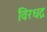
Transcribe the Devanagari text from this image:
विरधद्र